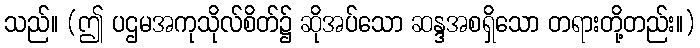
သည်။ (ဤ ပဌမအကုသိုလ်စိတ်၌ ဆိုအပ်သော ဆန္ဒအစရှိသော တရားတို့တည်း။)